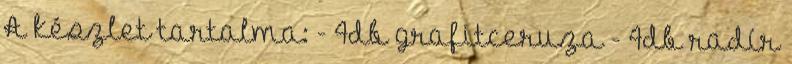
A készlet tartalma: - 4db grafitceruza - 4db radír